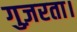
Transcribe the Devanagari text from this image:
गुज़रता।